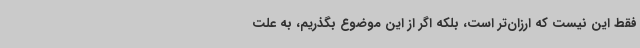
فقط این نیست که ارزان‌تر است، بلکه اگر از این موضوع بگذریم، به علت